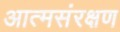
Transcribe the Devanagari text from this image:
आत्मसंरक्षण